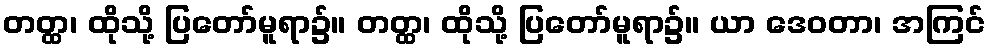
တတ္ထ၊ ထိုသို့ ပြတော်မူရာ၌။ တတ္ထ၊ ထိုသို့ ပြတော်မူရာ၌။ ယာ ဒေဝတာ၊ အကြင်